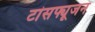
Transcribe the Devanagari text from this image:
टांसफ्यूजन